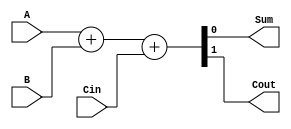
module FA_behavioral(
    input A, B, Cin,
    output reg Sum, Cout
);
    always @* begin
        {Cout, Sum} = A + B + Cin;
    end
endmodule